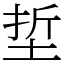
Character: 埑